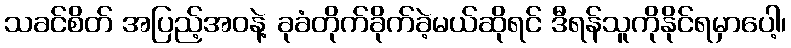
သခင်စိတ် အပြည့်အဝနဲ့ ခုခံတိုက်ခိုက်ခဲ့မယ်ဆိုရင် ဒီရန်သူကိုနိုင်ရမှာပေါ့၊